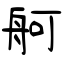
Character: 舸